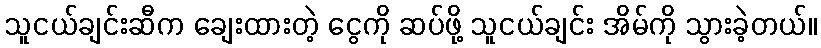
သူငယ်ချင်းဆီက ချေးထားတဲ့ ငွေကို ဆပ်ဖို့ သူငယ်ချင်း အိမ်ကို သွားခဲ့တယ်။